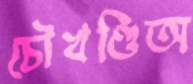
চৌখণ্ডিঅ